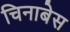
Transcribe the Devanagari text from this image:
चिनाबेस